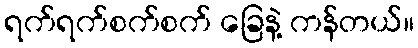
ရက်ရက်စက်စက် ခြေနဲ့ ကန်တယ်။